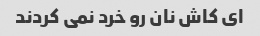
ای کاش نان رو خرد نمی کردند